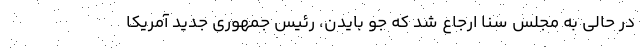
در حالی به مجلس سنا ارجاع شد که جو بایدن، رئیس جمهوری جدید آمریکا